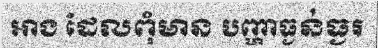
អាង ដែលពុំមាន បញ្ហាធ្ងន់ធ្ងរ